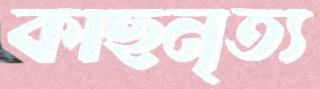
কাছনৃত্য